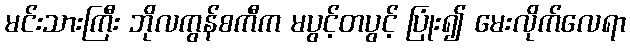
မင်းသားကြီး ဘိုလကွန်စကီက မပွင့်တပွင့် ပြုံး၍ မေးလိုက်လေရာ